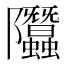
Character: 𨽳